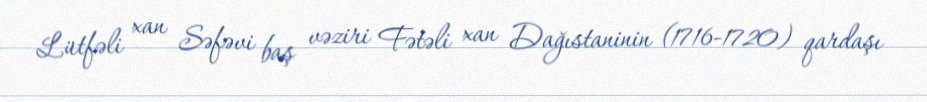
Lütfəli xan Səfəvi baş vəziri Fətəli xan Dağıstaninin (1716-1720) qardaşı